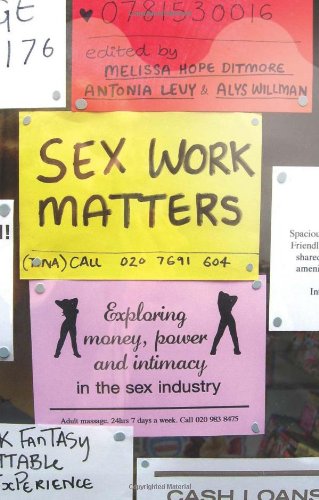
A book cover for Sex Work Matters: Exploring Money, Power, and Intimacy in the Sex Industry; Politics & Social Sciences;